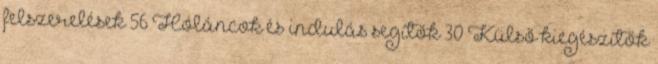
felszerelések 56 Hóláncok és indulás segítők 30 Külső kiegészítők